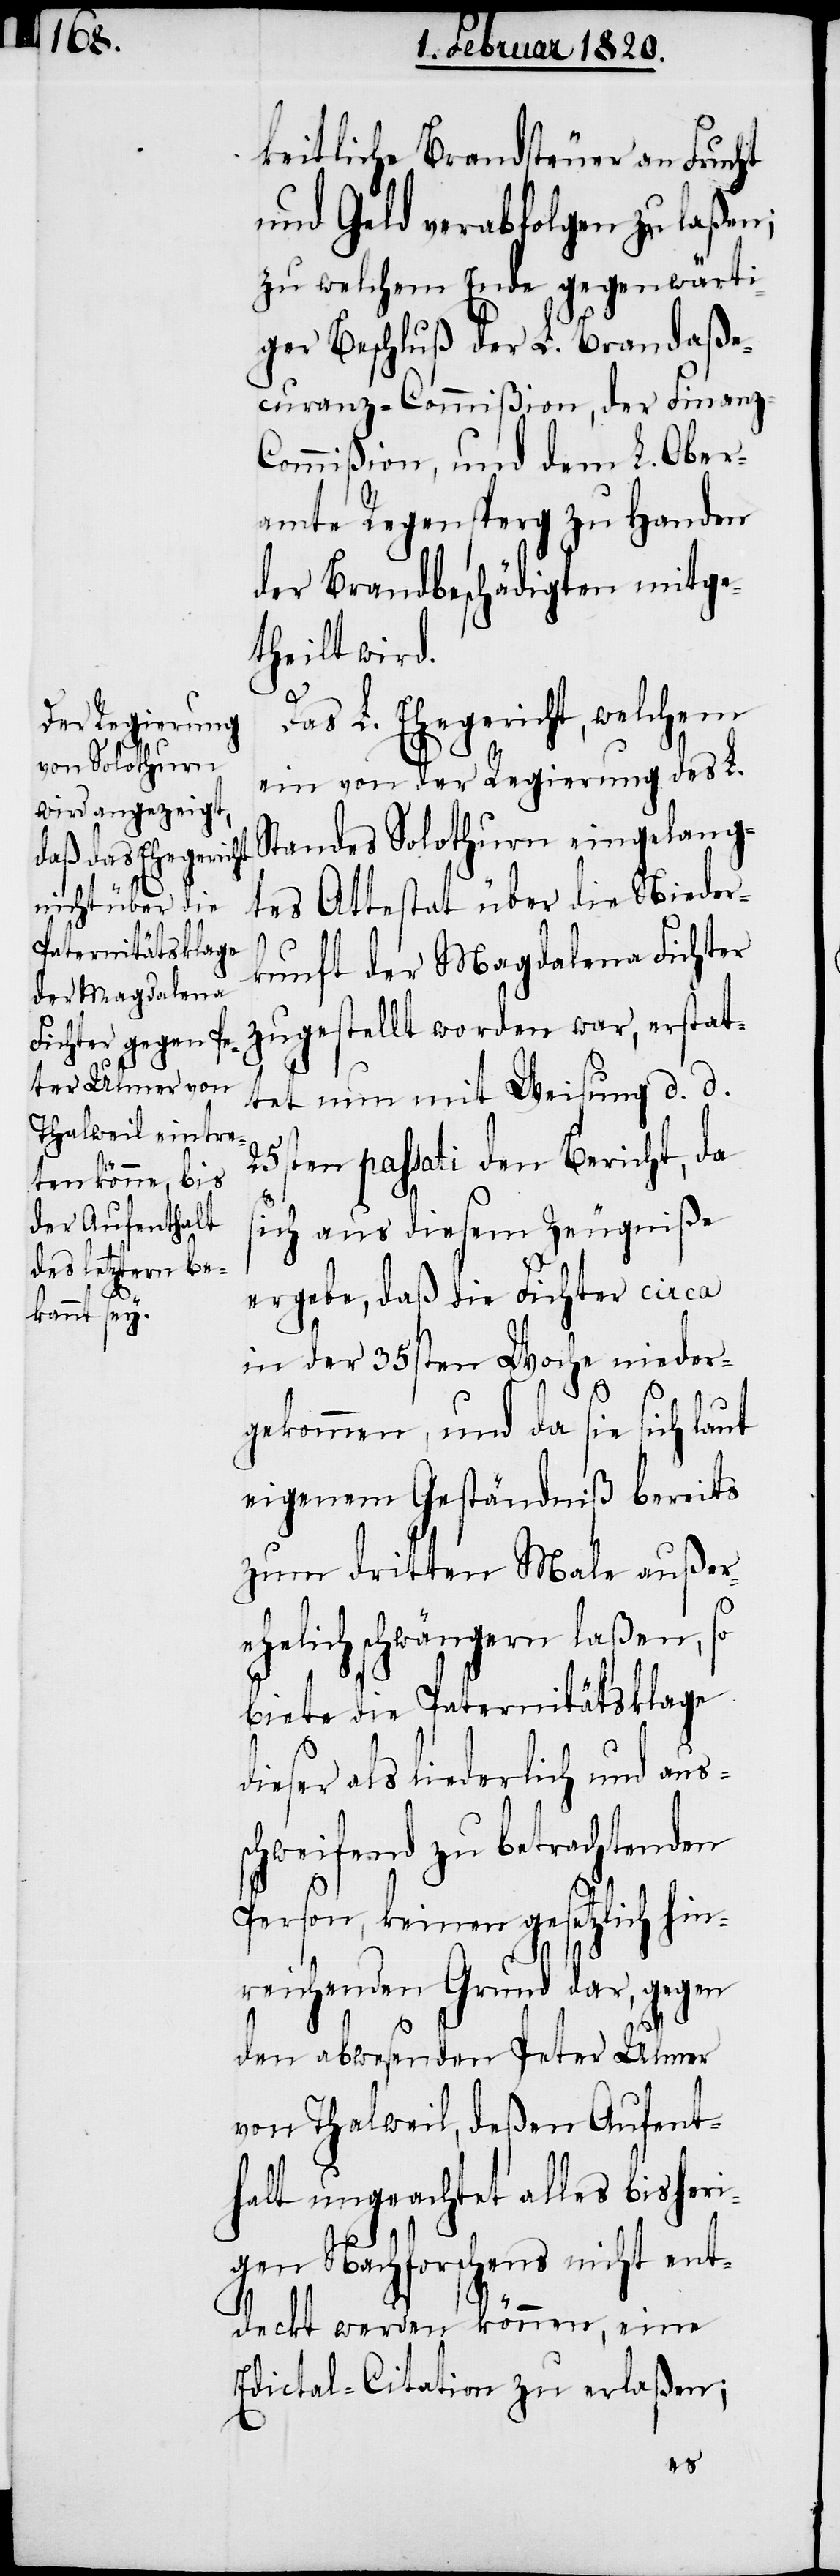
keitliche Brandsteuer an Frucht
und Geld verabfolgen zu laßen;
zu welchem Ende gegenwärti¬
ger Beschluß der L. Brandaße¬
curanz-Commißion, der Finanz-C¬
ommißion, und dem L. Ober¬
amte Regensperg zu Handen
der Brandbeschädigten mitge¬
theilt wird.
Das L. Ehegericht, welchem
ein von der Regierung des L.
Standes Solothurn eingelang¬
tes Attestat über die Nieder¬
kunft der Magdalena Fichter
zugestellt worden war, erstat¬
tet nun mit Weisung d. d.
25sten passati den Bericht, da
sich aus diesem Zeugniße
ergebe, daß die Fichter circa
in der 35sten Woche nieder¬
gekommen, und da sie sich laut
eigenem Geständniß bereits
zum dritten Male außere¬
helich schwängern laßen, so
biete die Paternitätsklage
dieser als liederlich und aus¬
schweifend zu betrachtenden
Person, keinen gesetzlich hin¬
reichenden Grund dar, gegen
den abwesenden Peter Ulmer
von Thalweil, deßen Aufent¬
halt ungeachtet alles bisheri¬
gen Nachforschens nicht ent¬
deckt werden können, eine
Edictal-Citation zu erlaßen;